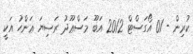
ކުރިން - 01 އޯގަސްޓް 2012 އަބޫ މަސްޢޫދު ރަޟިޔަ ޢަންހު އަކީ